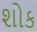
શોક